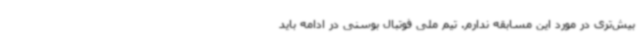
بیش‌تری در مورد این مسابقه ندارم. تیم ملی فوتبال بوسنی در ادامه باید